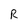
Character: R